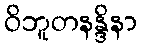
ဝိဘူတနန္ဒိနာ